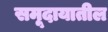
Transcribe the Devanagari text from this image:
समूदायातील